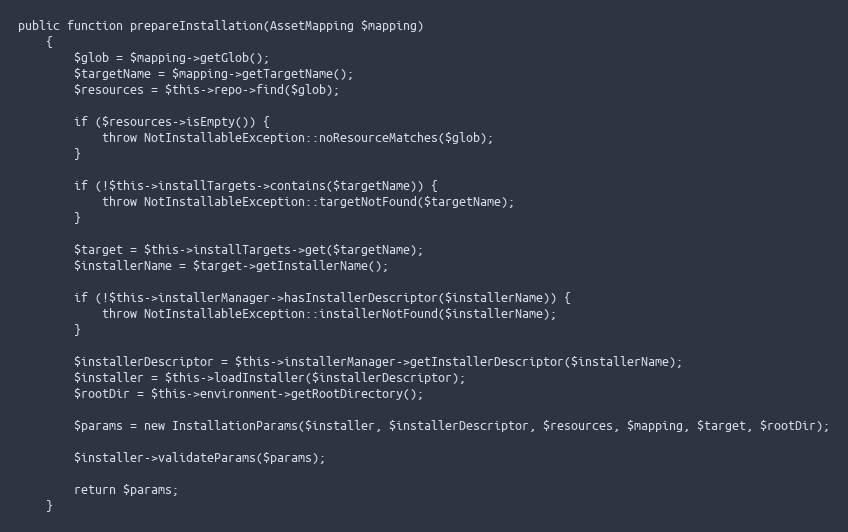
Language: PHP
public function prepareInstallation(AssetMapping $mapping)
    {
        $glob = $mapping->getGlob();
        $targetName = $mapping->getTargetName();
        $resources = $this->repo->find($glob);

        if ($resources->isEmpty()) {
            throw NotInstallableException::noResourceMatches($glob);
        }

        if (!$this->installTargets->contains($targetName)) {
            throw NotInstallableException::targetNotFound($targetName);
        }

        $target = $this->installTargets->get($targetName);
        $installerName = $target->getInstallerName();

        if (!$this->installerManager->hasInstallerDescriptor($installerName)) {
            throw NotInstallableException::installerNotFound($installerName);
        }

        $installerDescriptor = $this->installerManager->getInstallerDescriptor($installerName);
        $installer = $this->loadInstaller($installerDescriptor);
        $rootDir = $this->environment->getRootDirectory();

        $params = new InstallationParams($installer, $installerDescriptor, $resources, $mapping, $target, $rootDir);

        $installer->validateParams($params);

        return $params;
    }